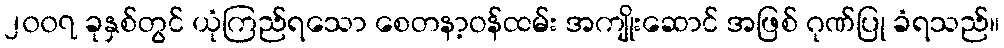
၂၀၀၇ ခုနှစ်တွင် ယုံကြည်ရသော စေတနာ့ဝန်ထမ်း အကျိုးဆောင် အဖြစ် ဂုဏ်ပြု ခံရသည်။